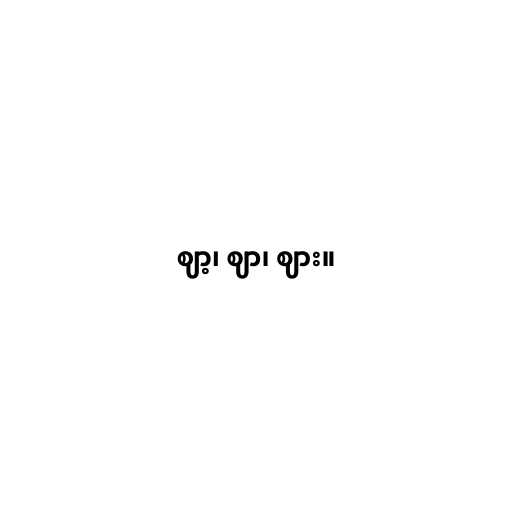
ဈာ့၊ ဈာ၊ ဈား။